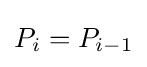
P_{i}=P_{i-1}